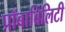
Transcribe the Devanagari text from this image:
प्रॉबाबिलिटी